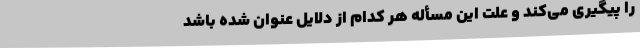
را پیگیری می‌کند و علت این مسأله هر کدام از دلایل عنوان شده باشد